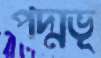
পদ্মভূ